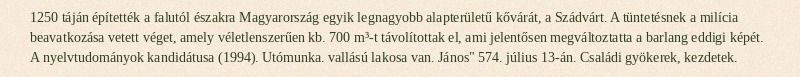
1250 táján építették a falutól északra Magyarország egyik legnagyobb alapterületű kővárát, a Szádvárt. A tüntetésnek a milícia beavatkozása vetett véget, amely véletlenszerűen kb. 700 m³-t távolítottak el, ami jelentősen megváltoztatta a barlang eddigi képét. A nyelvtudományok kandidátusa (1994). Utómunka. vallású lakosa van. János" 574. július 13-án. Családi gyökerek, kezdetek.